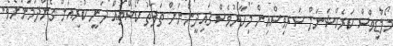
މޯލްޑިވްސް ކަރެކްޝަނަލް ސަރވިސްއިން މިހާރުވެސް ޤައިދީންނަށް ތަފާތު ކޯސްތައް ދަނީ ކުރިއަށް ގެންދަމުންނެވެ.